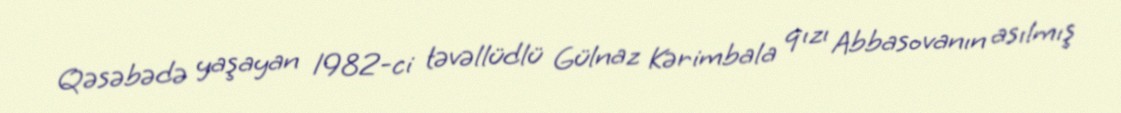
Qəsəbədə yaşayan 1982-ci təvəllüdlü Gülnaz Kərimbala qızı Abbasovanın asılmış